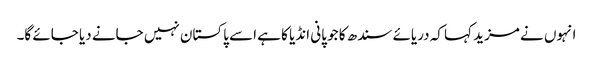
انہوں نے مزید کہا کہ دریائے سندھ کا جو پانی انڈیا کا ہے اسے پاکستان نہیں جانے دیا جائے گا۔